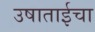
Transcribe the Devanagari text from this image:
उषाताईचा